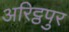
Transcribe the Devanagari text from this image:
अरिट्ठपुर